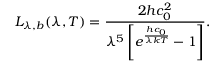
L _ { \lambda , b } ( \lambda , T ) = \frac { 2 h c _ { 0 } ^ { 2 } } { \lambda ^ { 5 } \left[ e ^ { \frac { h c _ { 0 } } { \lambda k T } } - 1 \right] } \mathrm { . }